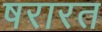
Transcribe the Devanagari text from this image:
षरारत